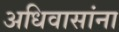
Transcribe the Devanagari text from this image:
अधिवासांना